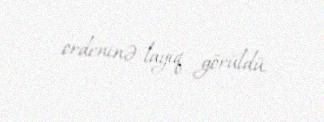
ordeninə layiq görüldü.